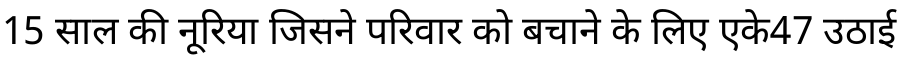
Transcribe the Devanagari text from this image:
15 साल की नूरिया जिसने परिवार को बचाने के लिए एके47 उठाई